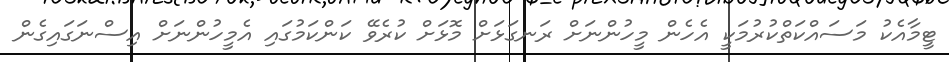
ޓީމާއެކު މަސައްކަތްކުރުމަކީ އެހެން މީހުންނަށް ރަނގަޅަށް މޮޅަށް ކުރެވޭ ކަންކަމުގައި އެމީހުންނަށް އިސްނަގައިގެން